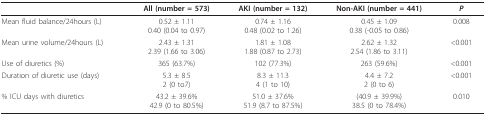
|  | All (number = 573) | AKI (number = 132) | Non-AKI (number = 441) | P |
 | --- | --- | --- | --- | --- |
 | Mean fluid balance/24hours (L) | 0.52 ± 1.110.40 (0.04 to 0.97) | 0.74 ± 1.160.48 (0.02 to 1.26) | 0.45 ± 1.090.38 (-0.05 to 0.86) | 0.008 |
 | Mean urine volume/24hours (L) | 2.43 ± 1.312.39 (1.66 to 3.06) | 1.81 ± 1.081.88 (0.87 to 2.73) | 2.62 ± 1.322.54 (1.86 to 3.11) | <0.001 |
 | Use of diuretics (%) | 365 (63.7%) | 102 (77.3%) | 263 (59.6%) | <0.001 |
 | Duration of diuretic use (days) | 5.3 ± 8.52 (0 to7) | 8.3 ± 11.34 (1 to 10) | 4.4 ± 7.22 (0 to 6) | <0.001 |
 | % ICU days with diuretics | 43.2 ± 39.6%42.9 (0 to 80.5%) | 51.0 ± 37.6%51.9 (8.7 to 87.5%) | (40.9 ± 39.9%)38.5 (0 to 78.4%) | 0.010 |